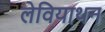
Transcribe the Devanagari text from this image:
लेवियाथन